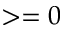
> = 0